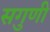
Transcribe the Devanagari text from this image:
सगुणी